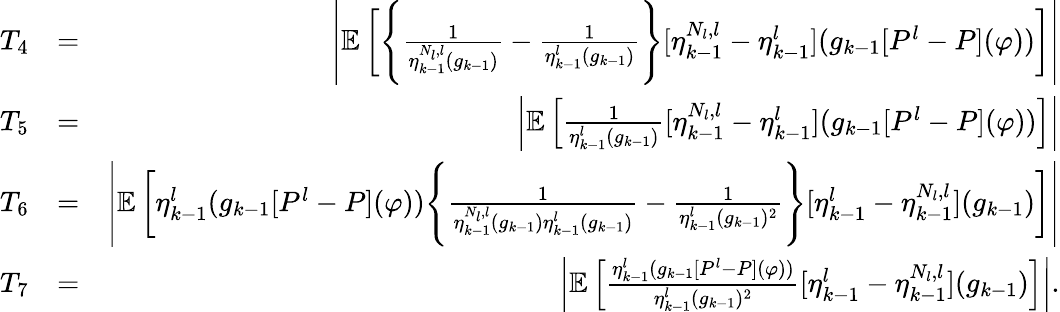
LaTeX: \begin{array}{rlr}{T_{4}}&{=}&{\left|\mathbb{E}\left[\Bigg\{ \frac{1}{\eta_{k-1}^{N_{l},l}(g_{k-1})}-\frac{1}{\eta_{k-1}^{l}(g_{k-1})}\Bigg\} [\eta_{k-1}^{N_{l},l}-\eta_{k-1}^{l}](g_{k-1}[P^{l}-P](\varphi))\right]\right|}\\ {T_{5}}&{=}&{\left|\mathbb{E}\left[\frac{1}{\eta_{k-1}^{l}(g_{k-1})}[\eta_{k-1}^{N_{l},l}-\eta_{k-1}^{l}](g_{k-1}[P^{l}-P](\varphi))\right]\right|}\\ {T_{6}}&{=}&{\left|\mathbb{E}\left[\eta_{k-1}^{l}(g_{k-1}[P^{l}-P](\varphi))\Bigg\{ \frac{1}{\eta_{k-1}^{N_{l},l}(g_{k-1})\eta_{k-1}^{l}(g_{k-1})}-\frac{1}{\eta_{k-1}^{l}(g_{k-1})^{2}}\Bigg\} [\eta_{k-1}^{l}-\eta_{k-1}^{N_{l},l}](g_{k-1})\right]\right|}\\ {T_{7}}&{=}&{\left|\mathbb{E}\left[\frac{\eta_{k-1}^{l}(g_{k-1}[P^{l}-P](\varphi))}{\eta_{k-1}^{l}(g_{k-1})^{2}}[\eta_{k-1}^{l}-\eta_{k-1}^{N_{l},l}](g_{k-1})\right]\right|.}\end{array}